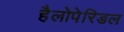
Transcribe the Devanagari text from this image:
हैलोपेरिडल